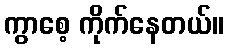
ကွာစေ့ ကိုက်နေတယ်။